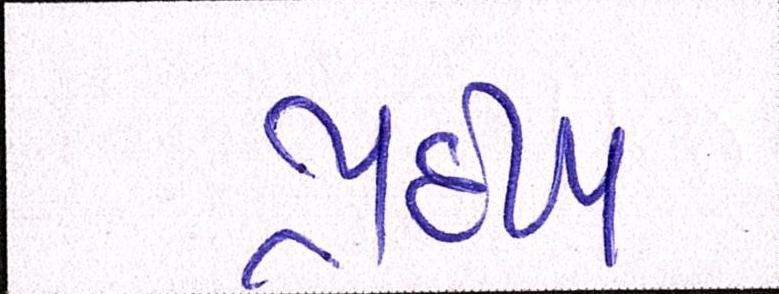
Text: પ્રદીપ